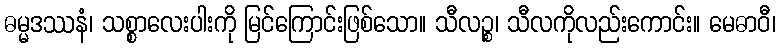
ဓမ္မဒဿနံ၊ သစ္စာလေးပါးကို မြင်ကြောင်းဖြစ်သော။ သီလဉ္စ၊ သီလကိုလည်းကောင်း။ မေဓာဝီ၊